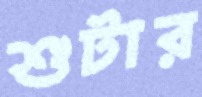
শুটার